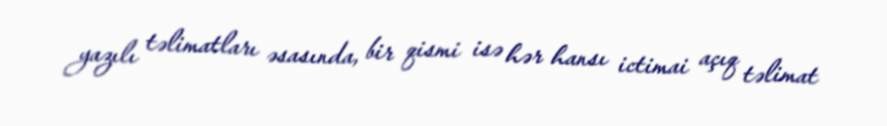
yazılı təlimatları əsasında, bir qismi isə hər hansı ictimai açıq təlimat